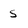
Character: s